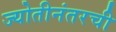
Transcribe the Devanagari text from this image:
ज्योतीनंतरची